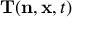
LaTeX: \mathbf { T } ( \mathbf { n } , \mathbf { x } , t )